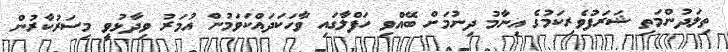
ތިލަދުންމަތި ޝަރަފުވެރިކަމުގެ އިނާމު ދިނުމަށް ބޭއްވި ހަފްލާގައި ވާހަކަދައްކަވަމުން އުމަރު ވިދާޅުވީ މިސަރުކާރުން